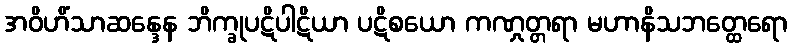
အဝိဟိံသာဆန္ဒေန ဘိက္ခုပဋိပါဋိယာ ပဋိစယော ကဏှုတ္တရာ မဟာနိသဘတ္ထေရော